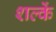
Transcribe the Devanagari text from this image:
शल्कें